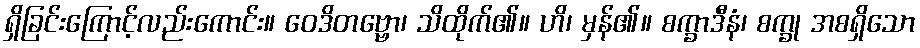
ရှိခြင်းကြောင့်လည်းကောင်း။ ဝေဒိတဗ္ဗော၊ သိထိုက်၏။ ဟိ၊ မှန်၏။ စက္ခာဒီနံ၊ စက္ခု အစရှိသော